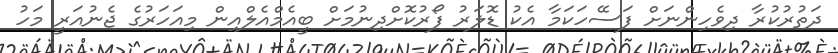
ދަތުރުކުރާ ދިވެހިންނަށް ފަސޭހަކަމާ އެކު ޑޮލަރު ފޯރުކޮށްދިނުމަށް ބީއެމްއެލްއިން މިއަހަރުގެ ޖެނުއަރީ މަހު